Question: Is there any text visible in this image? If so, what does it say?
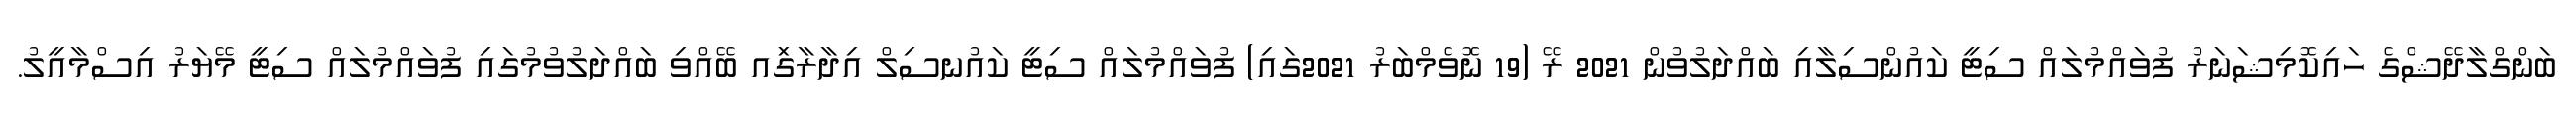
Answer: ބަންގްލާދޭޝްގެ ހައިކޮމިޝަނަރު ފުވައްމުލައް ސިޓީ ކައުންސިލާއި ބައްދަލުވުން 2021 ރޭ (19 ނޮވެމްބަރު 2021ގައި) ފުވައްމުލައް ސިޓީ ކައުނސިލް އިދާރާގަިއ ބޭއްވި ބައްދަލުވުމުގައި ފުވައްމުލައް ސިޓީ މޭޔަރު އިސްމާއީލު.